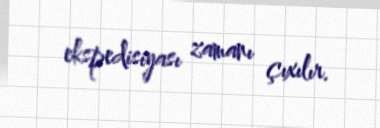
ekspedisiyası zamanı çıxılır.